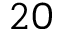
2 0